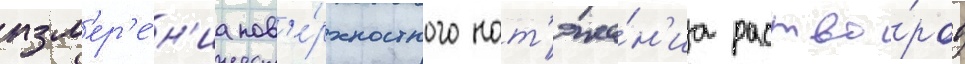
изм'ер'е́н'иа пов'е́рхностного нат'яже́н'иа раство́ров